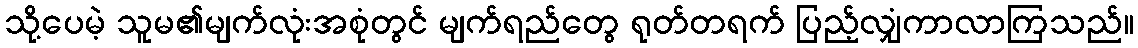
သို့ပေမဲ့ သူမ၏မျက်လုံးအစုံတွင် မျက်ရည်တွေ ရုတ်တရက် ပြည့်လျှံကာလာကြသည်။